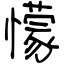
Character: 懞